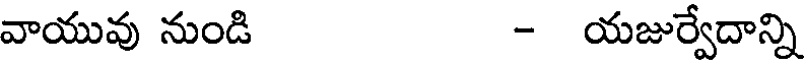
వాయువు నుండి - యజుర్వేదాన్ని